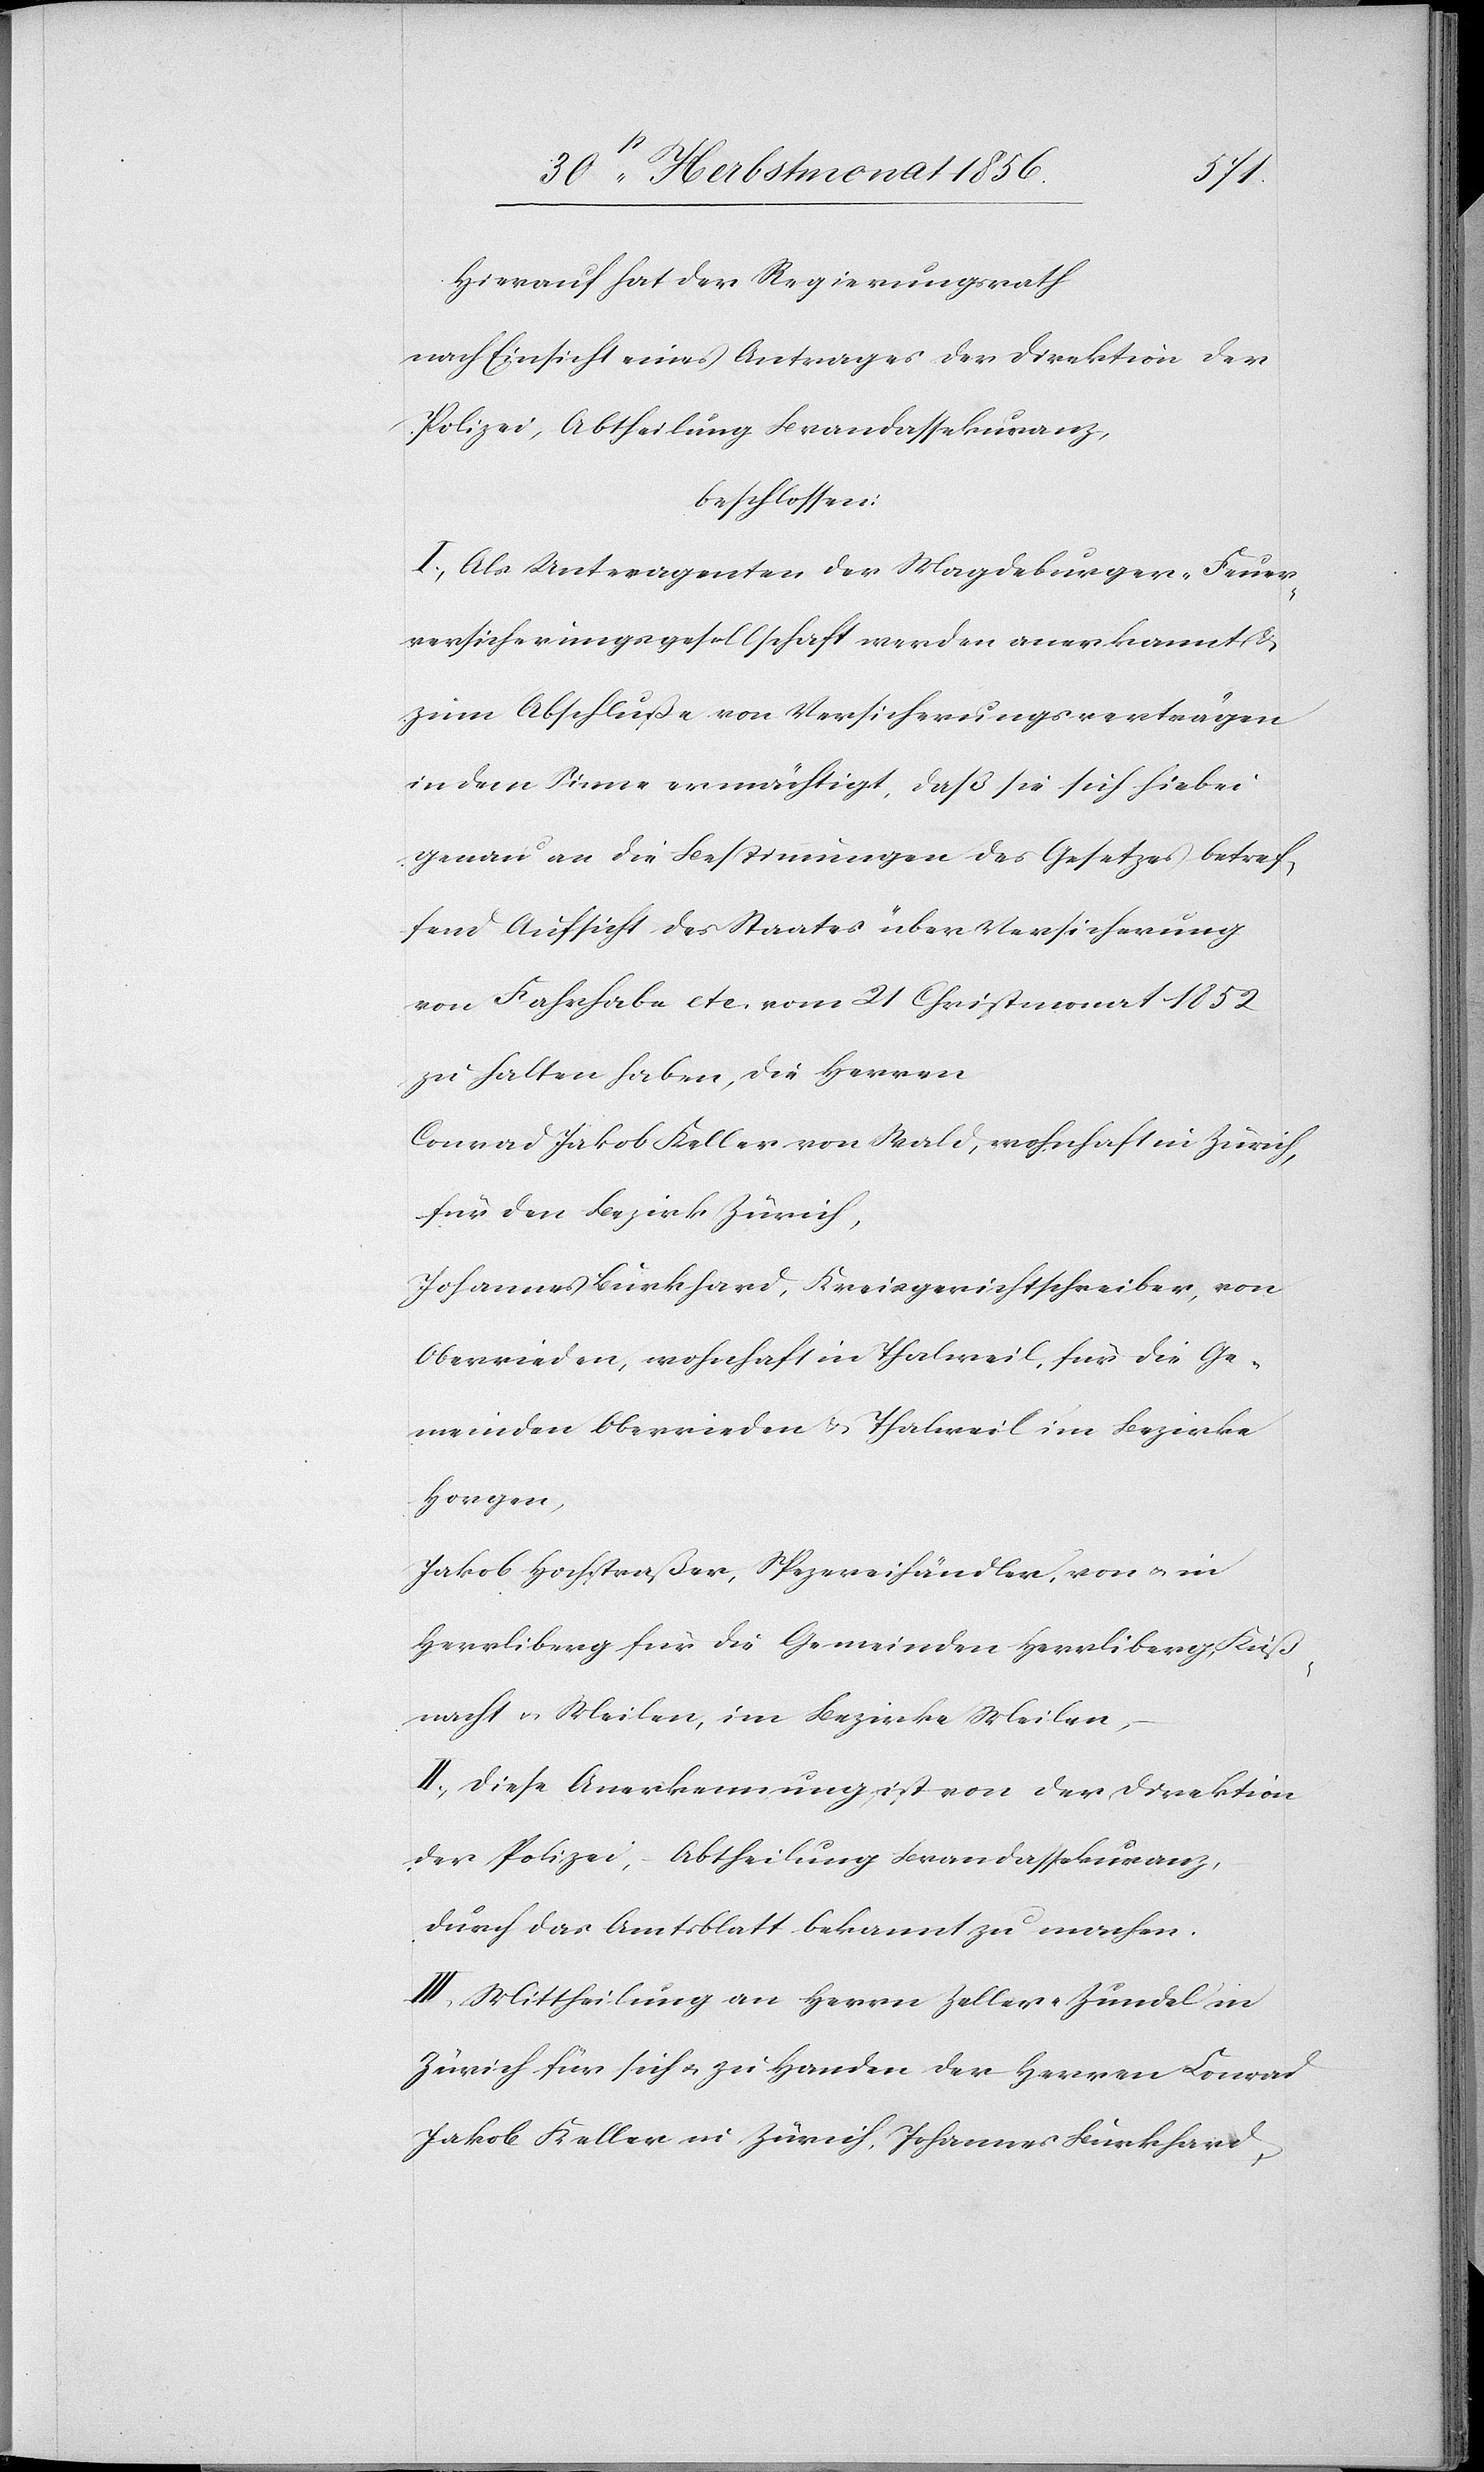
Hierauf hat der Regierungsrath
nach Einsicht eines Antrages der Direktion der
Polizei, Abtheilung Brandassekuranz,
beschlossen:
I.) Als Unteragenten der Magdeburger-Feuer¬
versicherungsgesellschaft werden anerkannt &
zum Abschluße von Versicherungsverträgen
in dem Sinne ermächtigt, daß sie sich hiebei
genau an die Bestimmungen des Gesetzes betref¬
fend Aufsicht des Staates über Versicherung
von Fahrhabe etc. vom 21 Christmonat 1852
zu halten haben, die Herren
Conrad Jakob Keller von Wald, wohnhaft in Zürich,
für den Bezirk Zürich,
Johannes Burkahrd, Kreisgerichtschreiber, von
Oberrieden, wohnhaft in Thalweil, für die Ge¬
meinden Oberrieden & Thalweil im Bezirke
Horgen,
Jakob Hochstraßer, Spezereihändler, von u. in
Herrliberg für die Gemeinden Herrliberg, Küß¬
nacht u. Meilen, im Bezirke Meilen,
II.) Diese Anerkennung ist von der Direktion
der Polizei, – Abtheilung Brandassekuranz,
durch das Amtsblatt bekannt zu machen.
III.) Mittheilung an Herrn Zeller-Zundel in
Zürich für sich u. zu Handen der Herren Conrad
Jakob Keller in Zürich, Johannes Burkhard,